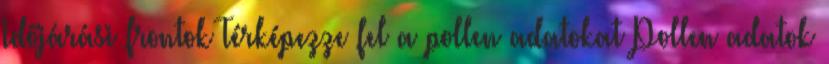
Időjárási frontok Térképezze fel a pollen adatokat Pollen adatok